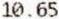
10.65